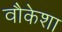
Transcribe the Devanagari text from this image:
वौकेशा